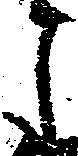
月